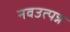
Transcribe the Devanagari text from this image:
नवउत्पन्न